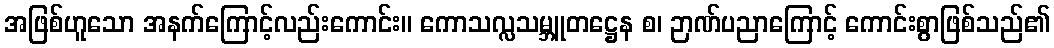
အဖြစ်ဟူသော အနက်ကြောင့်လည်းကောင်း။ ကောသလ္လသမ္ဘူတဋ္ဌေန စ၊ ဉာဏ်ပညာကြောင့် ကောင်းစွာဖြစ်သည်၏